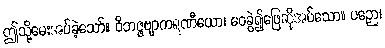
ဤသို့မေးအပ်ခဲ့သော်။ ဝိဘဇ္ဇဗျာကရဏီယော၊ ဝေခွဲ၍ဖြေဆိုအပ်သော။ ပဉှော၊